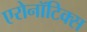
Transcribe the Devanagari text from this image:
एरोनॉटिक्‍स